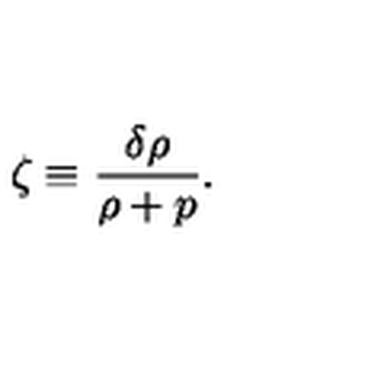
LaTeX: \zeta \equiv \frac { \delta \rho } { \rho + p } .